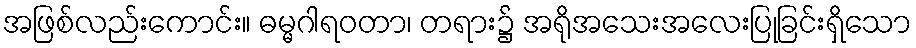
အဖြစ်လည်းကောင်း။ ဓမ္မဂါရဝတာ၊ တရား၌ အရိုအသေးအလေးပြုခြင်းရှိသော